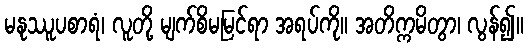
မနုဿူပစာရံ၊ လူတို့ မျက်စိမမြင်ရာ အရပ်ကို။ အတိက္ကမိတွာ၊ လွန်၍။